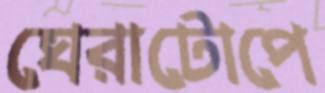
ঘেরাটোপে